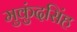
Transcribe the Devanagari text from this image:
मुकुंदसिंह